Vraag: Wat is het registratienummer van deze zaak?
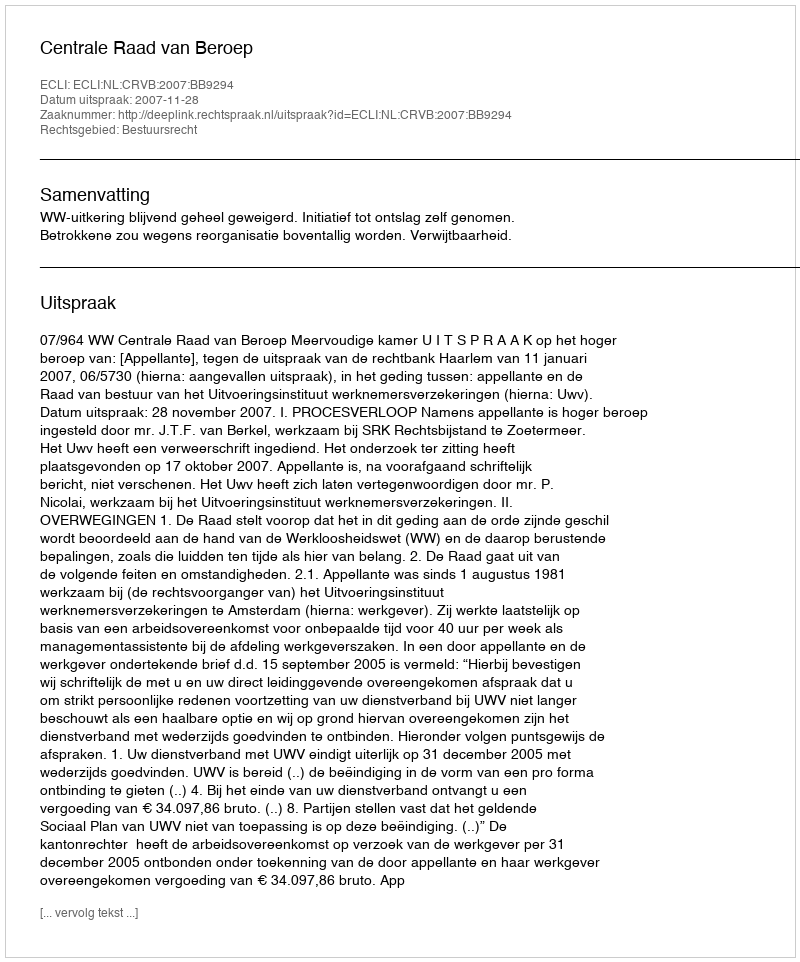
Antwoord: http://deeplink.rechtspraak.nl/uitspraak?id=ECLI:NL:CRVB:2007:BB9294